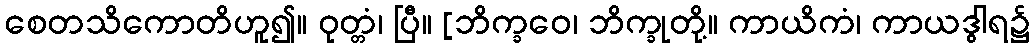
စေတသိကောတိဟူ၍။ ဝုတ္တံ၊ ပြီ။ [ဘိက္ခဝေ၊ ဘိက္ခုတို့။ ကာယိကံ၊ ကာယဒွါရ၌